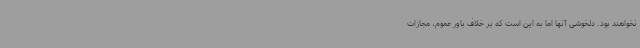
نخواهند بود. دلخوشی آنها اما به این است که بر خلاف باور عموم، مجازات